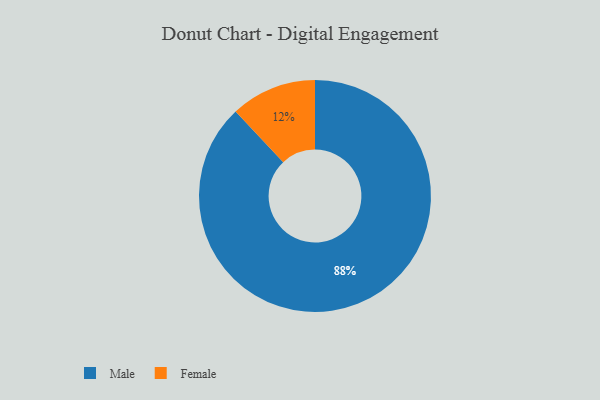
{"axis": {"x": "Category", "y": "Percentage"}, "legend": ["Female", "Male"], "data": [{"x": "Male", "y": 88, "type": "Male"}, {"x": "Female", "y": 12, "type": "Female"}]}